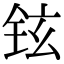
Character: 铉